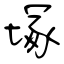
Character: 塚